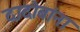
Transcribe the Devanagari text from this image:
दादोबांना